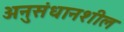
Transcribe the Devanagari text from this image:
अनुसंधानशील